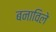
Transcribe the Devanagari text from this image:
बनाविले